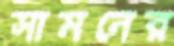
সামনের